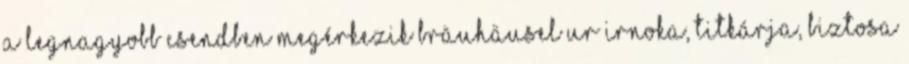
a legnagyobb csendben megérkezik Bräuhäusel ur irnoka, titkárja, biztosa